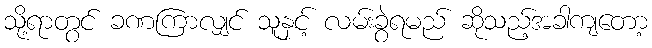
သို့ရာတွင် ခဏကြာလျှင် သူနှင့် လမ်းခွဲရမည် ဆိုသည့်အခါကျတော့